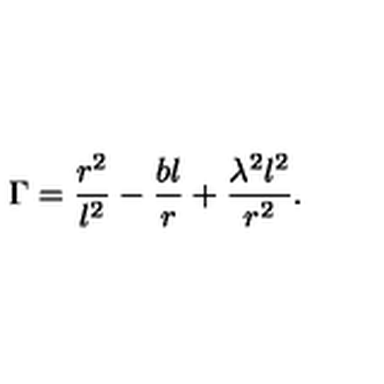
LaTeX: \Gamma = \frac { r ^ { 2 } } { l ^ { 2 } } - \frac { b l } r + \frac { \lambda ^ { 2 } l ^ { 2 } } { r ^ { 2 } } .